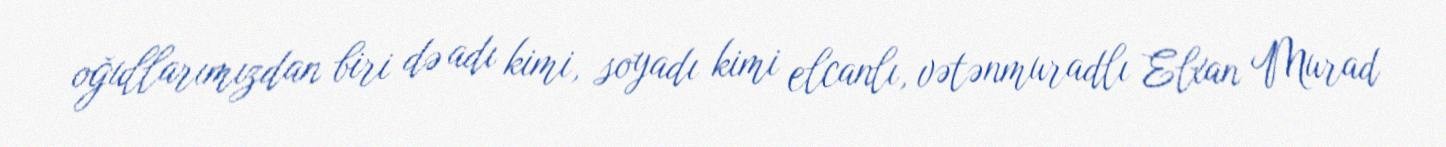
oğullarımızdan biri də adı kimi, soyadı kimi elcanlı, vətənmuradlı Elxan Murad